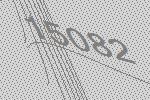
15082